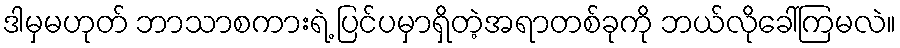
ဒါမှမဟုတ် ဘာသာစကားရဲ့ ပြင်ပမှာရှိတဲ့အရာတစ်ခုကို ဘယ်လိုခေါ်ကြမလဲ။